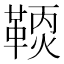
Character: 𩋹